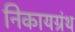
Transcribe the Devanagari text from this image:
निकायग्रंथ